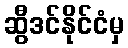
ဆွီဒင်နိုင်ငံမှ